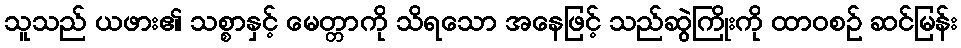
သူသည် ယဖား၏ သစ္စာနှင့် မေတ္တာကို သိရသော အနေဖြင့် သည်ဆွဲကြိုးကို ထာဝစဉ် ဆင်မြန်း